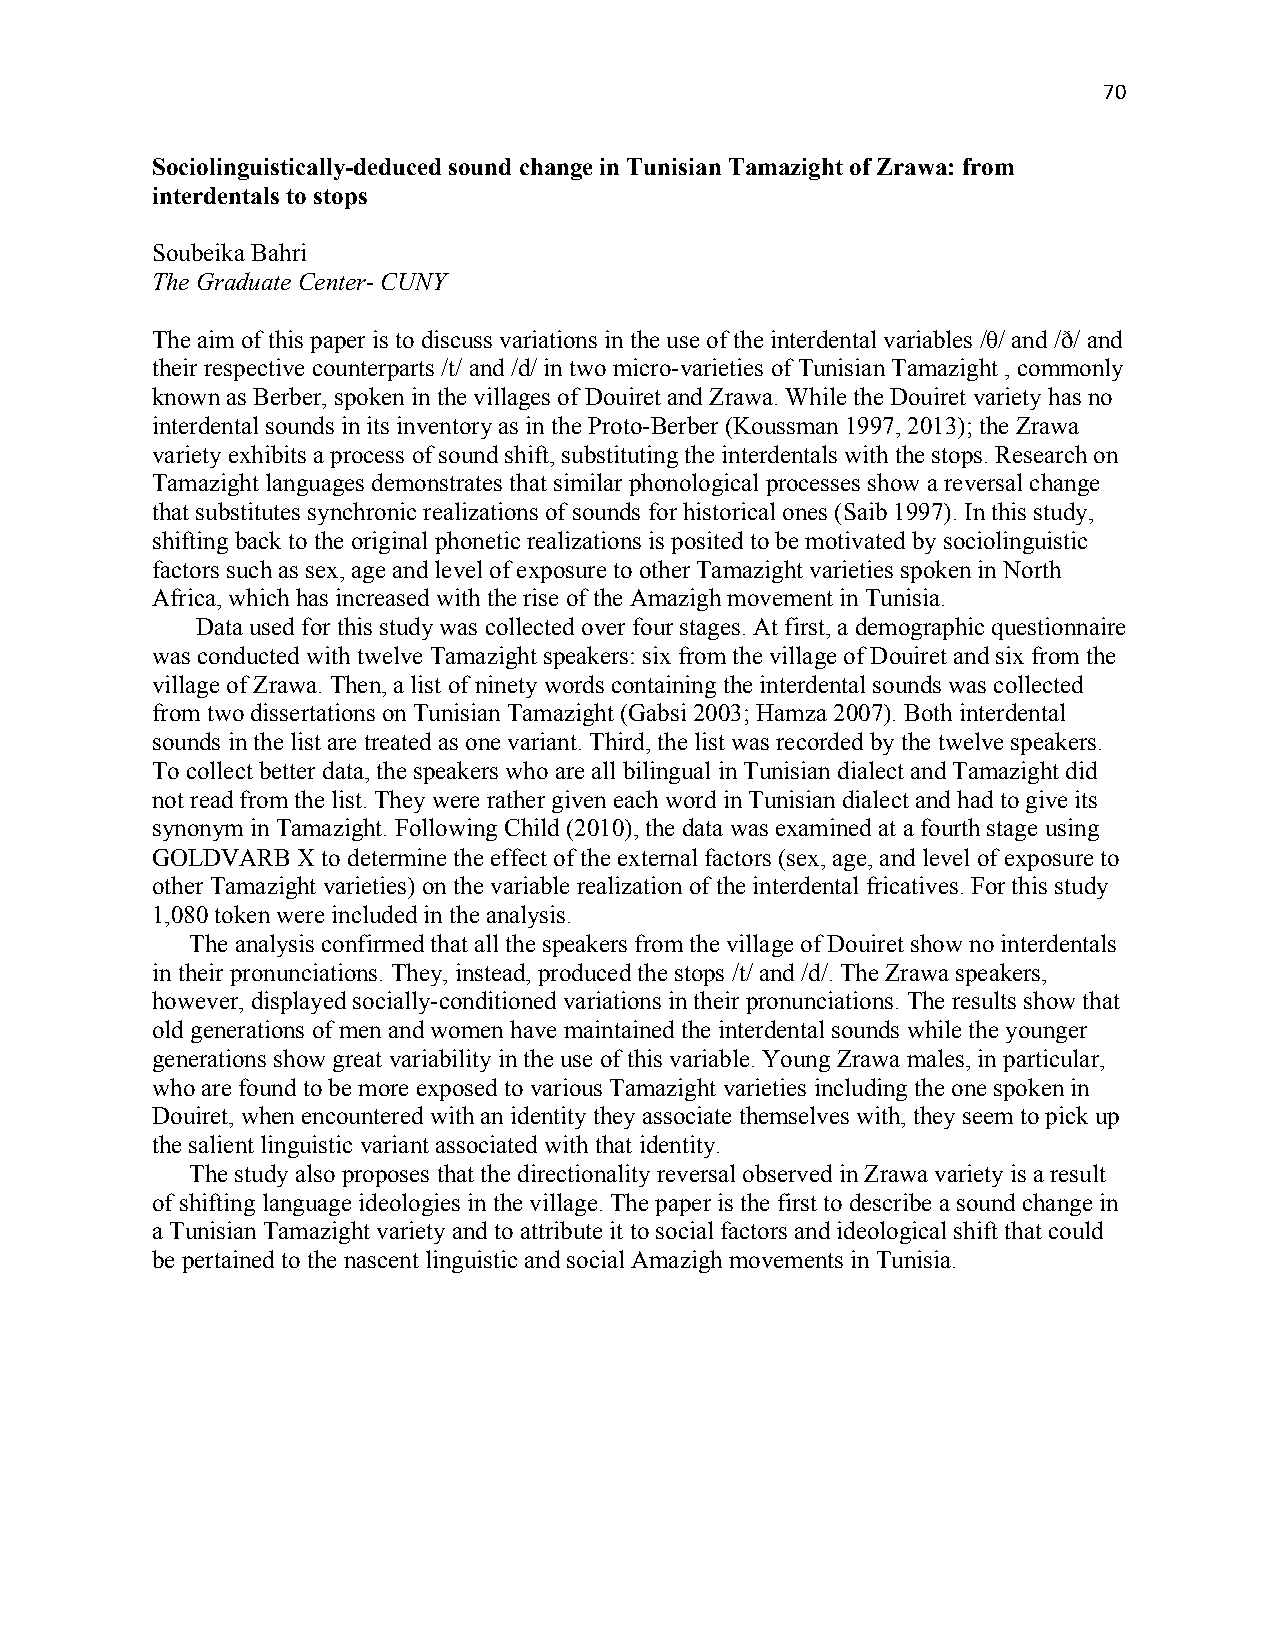
70
 Sociolinguistically-deduced sound change in Tunisian Tamazight of Zrawa: from
 interdentals to stops
 Soubeika Bahri
 The Graduate Center- CUNY
 The aim of this paper is to discuss variations in the use of the interdental variables /θ/ and /ð/ and
 their respective counterparts /t/ and /d/ in two micro-varieties of Tunisian Tamazight , commonly
 known as Berber, spoken in the villages of Douiret and Zrawa. While the Douiret variety has no
 interdental sounds in its inventory as in the Proto-Berber (Koussman 1997, 2013); the Zrawa
 variety exhibits a process of sound shift, substituting the interdentals with the stops. Research on
 Tamazight languages demonstrates that similar phonological processes show a reversal change
 that substitutes synchronic realizations of sounds for historical ones (Saib 1997). In this study,
 shifting back to the original phonetic realizations is posited to be motivated by sociolinguistic
 factors such as sex, age and level of exposure to other Tamazight varieties spoken in North
 Africa, which has increased with the rise of the Amazigh movement in Tunisia.
 Data used for this study was collected over four stages. At first, a demographic questionnaire
 was conducted with twelve Tamazight speakers: six from the village of Douiret and six from the
 village of Zrawa. Then, a list of ninety words containing the interdental sounds was collected
 from two dissertations on Tunisian Tamazight (Gabsi 2003; Hamza 2007). Both interdental
 sounds in the list are treated as one variant. Third, the list was recorded by the twelve speakers.
 To collect better data, the speakers who are all bilingual in Tunisian dialect and Tamazight did
 not read from the list. They were rather given each word in Tunisian dialect and had to give its
 synonym in Tamazight. Following Child (2010), the data was examined at a fourth stage using
 GOLDVARB  X to determine the effect of the external factors (sex, age, and level of exposure to
 other Tamazight varieties) on the variable realization of the interdental fricatives. For this study
 1,080 token were included in the analysis.
 The analysis confirmed that all the speakers from the village of Douiret show no interdentals
 in their pronunciations. They, instead, produced the stops /t/ and /d/. The Zrawa speakers,
 however, displayed socially-conditioned variations in their pronunciations. The results show that
 old generations of men and women have maintained the interdental sounds while the younger
 generations show great variability in the use of this variable. Young Zrawa males, in particular,
 who are found to be more exposed to various Tamazight varieties including the one spoken in
 Douiret, when encountered with an identity they associate themselves with, they seem to pick up
 the salient linguistic variant associated with that identity.
 The study also proposes that the directionality reversal observed in Zrawa variety is a result
 of shifting language ideologies in the village. The paper is the first to describe a sound change in
 a Tunisian Tamazight variety and to attribute it to social factors and ideological shift that could
 be pertained to the nascent linguistic and social Amazigh movements in Tunisia.